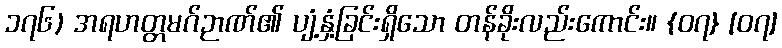
၁၇၆) အရဟတ္တမဂ်ဉာဏ်၏ ပျံ့နှံ့ခြင်းရှိသော တန်ခိုးလည်းကောင်း။ {၀၇} [၀၇]